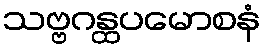
သဗ္ဗဂန္ထပမောစနံ